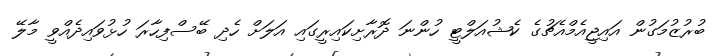
ބުރުޒުމަގުން އައިޖީއެމްއެޗުގެ ކެޝުއަލްޓީ ހުންނަ ދޮރާށިކައިރީގައި އަލަށް ހެދި ބޭސްފިހާރަ ހުޅުވައިދެއްވީ މާލޭ